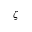
\zeta